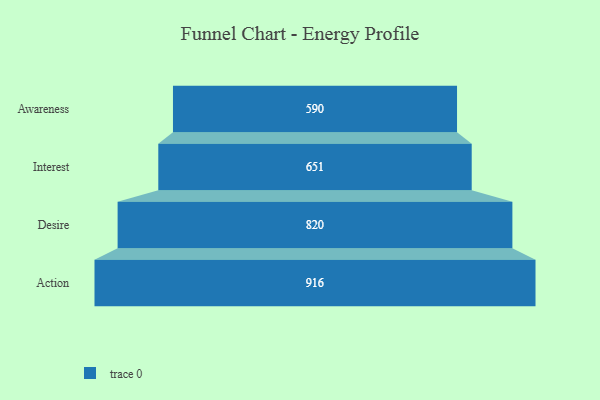
{"axis": {"x": "Stage", "y": "Value"}, "legend": [""], "data": [{"x": "Awareness", "y": 590.0, "type": ""}, {"x": "Interest", "y": 651.0, "type": ""}, {"x": "Desire", "y": 820.0, "type": ""}, {"x": "Action", "y": 916.0, "type": ""}]}